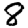
Digit: 8